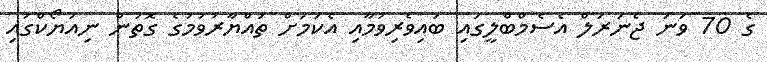
ގެ 70 ވަނަ ޖެނަރަލް އެސެމްބްލީގައި ބައިވެރިވުމާއި އެކަމަށް ތައްޔާރުވުމުގެ ގޮތުން ނިއުޔޯކްގައި